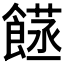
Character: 𮩈